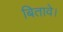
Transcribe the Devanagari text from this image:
बितावे।